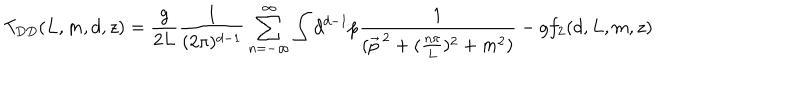
T _ { D D } ( L , m , d , z ) = \frac { g } { 2 L } \frac { 1 } { ( 2 \pi ) ^ { d - 1 } } \sum _ { n = - \infty } ^ { \infty } \int d ^ { d - 1 } p \frac { 1 } { ( \vec { p } ^ { \, 2 } + ( \frac { n \pi } { L } ) ^ { 2 } + m ^ { 2 } ) } - g f _ { 2 } ( d , L , m , z )